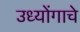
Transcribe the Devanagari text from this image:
उध्योंगाचे